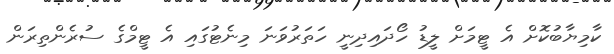
ކާމިޔާބުކޮށް އެ ޓީމަށް ލީޑު ހޯދައިދިނީ ހަތަރުވަނަ މިނެޓުގައި އެ ޓީމްގެ ސުރެންތިރަން